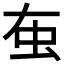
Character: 𧈠